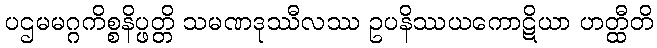
ပဌမမဂ္ဂကိစ္စနိပ္ဖတ္တိ သမဏဒုဿီလဿ ဥပနိဿယကောဋိယာ ဟတ္ထီတိ